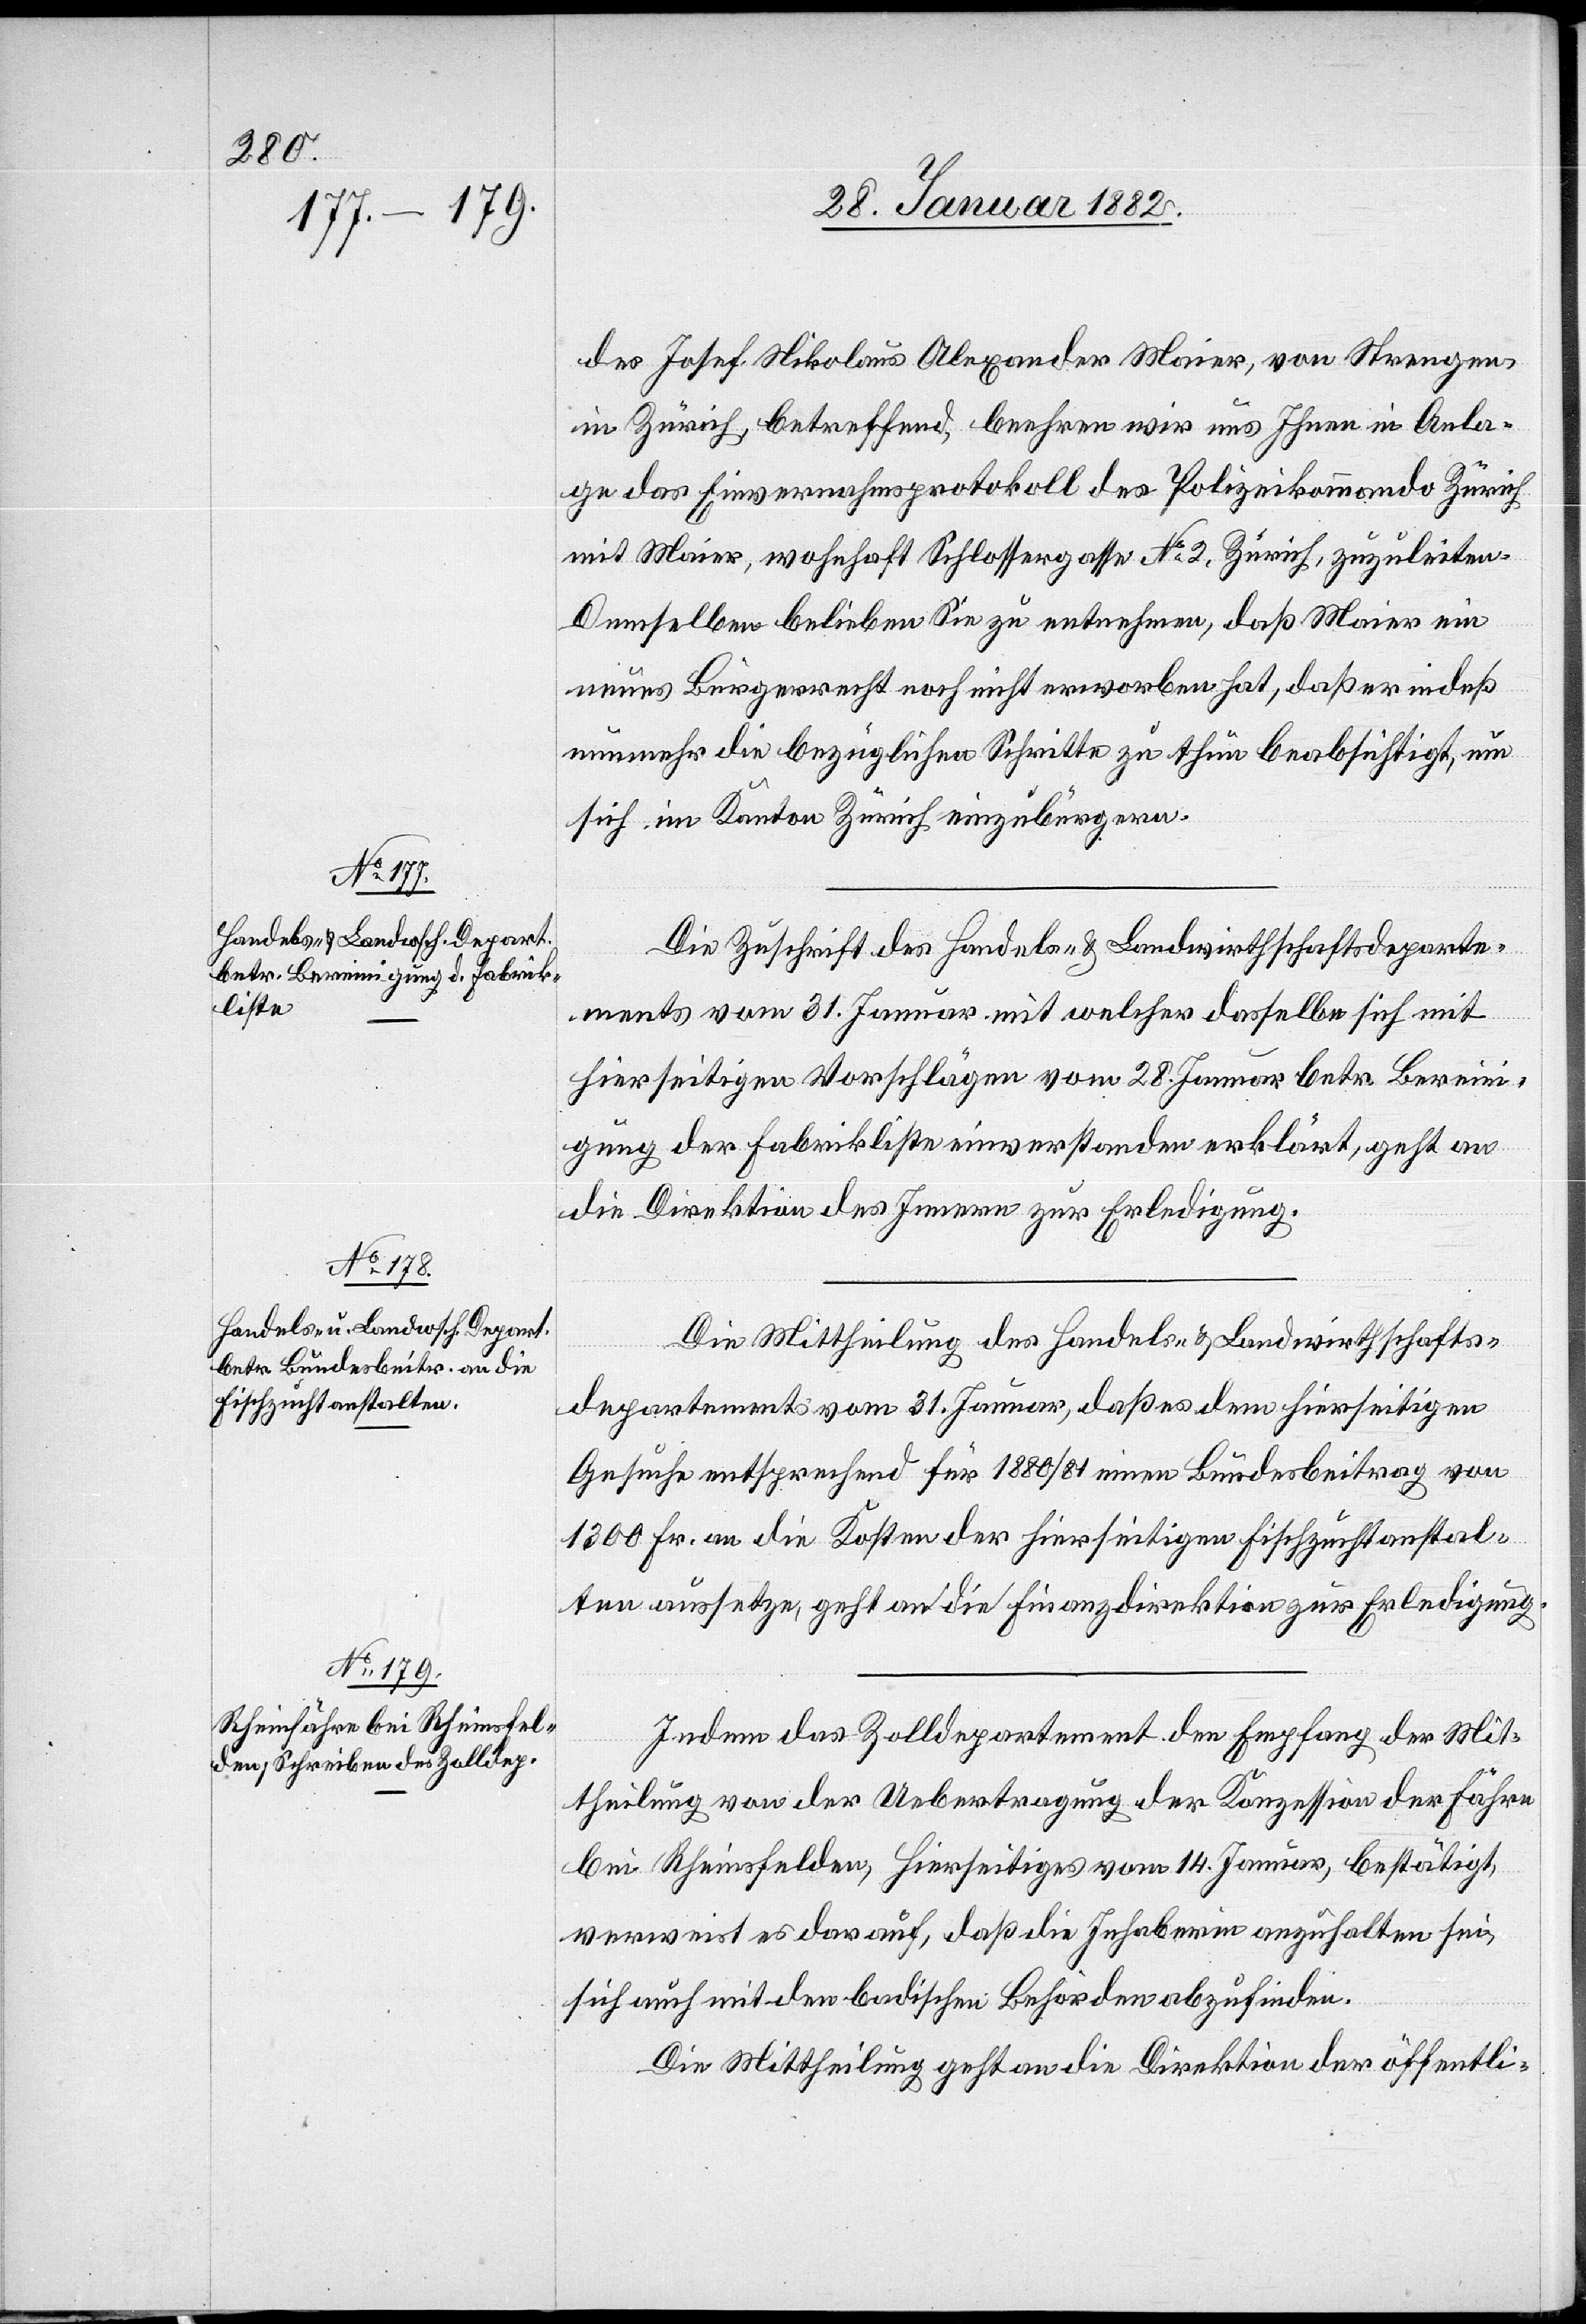
des Josef Nikolaus Alexander Maier, von Strengen,
in Zürich, betreffend, beehren wir uns Ihnen in Anla¬
ge das Einvernahmsprotokoll des Polizeikommando Zürich
mit Maier, wohnhaft Schlossergasse No 3, Zürich, zuzuleiten.
Denselben belieben Sie zu entnehmen, daß Maier ein
unseres Bürgerrecht noch nicht erworben hat, daß er indeß
nunmehr die bezüglichen Schritte zu thun beabsichtigt, um
sich im Kanton Zürich einzubürgern.
Die Zuschrift des Handels- & Landwirthschaftsdeparte¬
ments vom 31. Januar mit welcher dasselbe sich mit
hierseitigen Vorschlägen vom 28. Januar betr. Bereini¬
gung der Fabriklisten einverstanden erklärt, geht an
die Direktion des Innern zur Erledigung.
Die Mittheilung des Handels- & Landwirthschafts¬
departements vom 31. Januar, daß es dem hierseitigen
Gesuche entsprechend für 1880/81 einen Bundesbeitrag von
1300 Fr. an die Kosten der hierseitigen Fischzuchtanstal¬
ten aussetze, geht an die Finanzdirektion zur Erledigung.
Indem das Zolldepartement den Empfang der Mit¬
theilung von der Uebertragung der Konzession der Fähre
bei Rheinsfelden, Hierseitiges vom 14. Januar, bestätigt,
verweist es darauf, daß die Inhaberin anzuhalten sei,
sich auch mit den badischen Behörden abzufinden.
Die Mittheilung geht an die Direktion der öffentli-